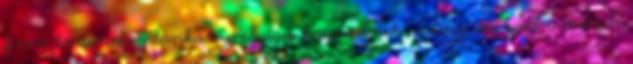
finn történelemtankönyvek így kezdődnek: „eddig az volt a nézet,